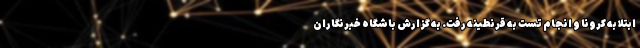
ابتلا به کرونا و انجام تست به قرنطینه رفت. به گزارش باشگاه خبرنگاران